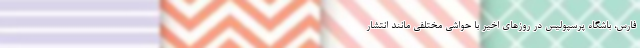
فارس، باشگاه پرسپولیس در روزهای اخیر با حواشی مختلفی مانند انتشار